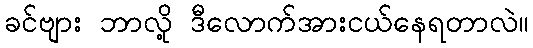
ခင်ဗျား ဘာလို့ ဒီလောက်အားငယ်နေရတာလဲ။